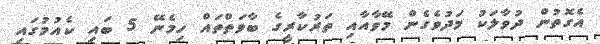
އެގޮތުން ދުވާލަކު މަދުވެގެން މޭވާއާއި ތަރުކާރީގެ ބާވަތްތައް ހިމެނޭ 5 ބައި ކެއުމުގައި